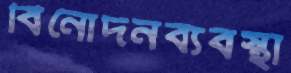
বিনোদনব্যবস্থা